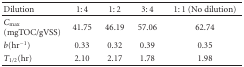
| Dilution | 1: 4 | 1: 2 | 3: 4 | 1: 1 (No dilution) |
 | --- | --- | --- | --- | --- |
 | Cmax⁡ (mgTOC/gVSS) | 41.75 | 46.19 | 57.06 | 62.74 |
 | b(hr-1) | 0.33 | 0.32 | 0.39 | 0.35 |
 | T1/2(hr) | 2.10 | 2.17 | 1.78 | 1.98 |